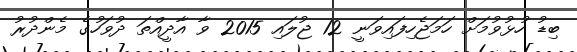
ބިޑު ހުޅުވުމަށް ހަމަޖެހިފައިވަނީ 12 ޖުލައި 2015 ވާ އާދީއްތަ ދުވަހުގެ މެންދުރު